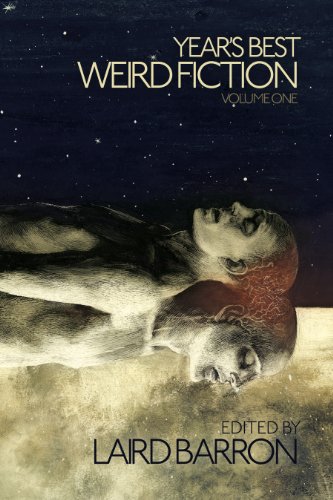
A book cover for Year's Best Weird Fiction Volume 1; Jeffery Ford; Science Fiction & Fantasy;